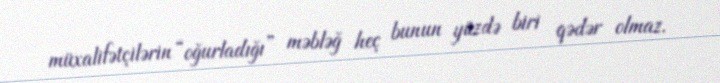
müxalifətçilərin “oğurladığı” məbləğ heç bunun yüzdə biri qədər olmaz.